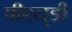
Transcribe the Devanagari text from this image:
पीएच्‌डी